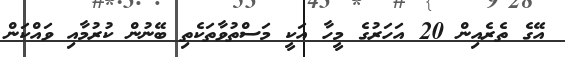
އޭގެ ތެރެއިން 20 އަހަރުގެ މީހާ އަކީ މަސްތުވާތަކެތި ބޭނުން ކުރުމާއި ވައްކަން